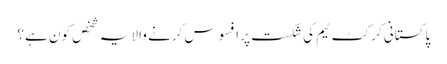
پاکستانی کرکٹ ٹیم کی شکست پر افسوس کرنے والا یہ شخص کون ہے؟